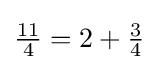
{\tfrac {11}{4}}=2+{\tfrac {3}{4}}